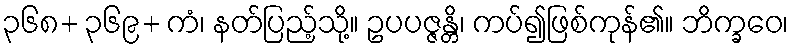
၃၆၈+ ၃၆၉+ ကံ၊ နတ်ပြည့်သို့။ ဥပပဇ္ဇန္တိ၊ ကပ်၍ဖြစ်ကုန်၏။ ဘိက္ခဝေ၊